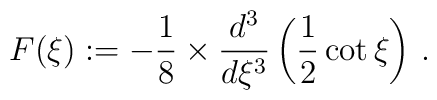
F(\xi):= -\frac{1}{8}\times {d^3\over d\xi^3}\left({1\over 2}\cot{\xi}\right)\,.